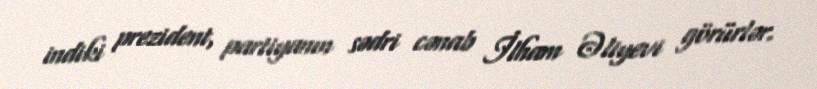
indiki prezident, partiyanın sədri cənab İlham Əliyevi görürlər.